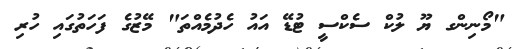
"މޯނިންގ ޔޫ ލުކް ސެކްސީ ޓުޑޭ އައު ހެދުމެއްތަ" މޭޒުގެ ފަހަތުގައި ހުރި